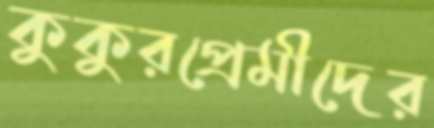
কুকুরপ্রেমীদের